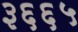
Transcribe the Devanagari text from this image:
३६६५